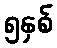
၅နှစ်